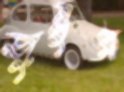
জুন্নুর